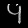
Digit: ၄